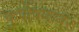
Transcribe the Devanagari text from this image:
कुपोषणावर